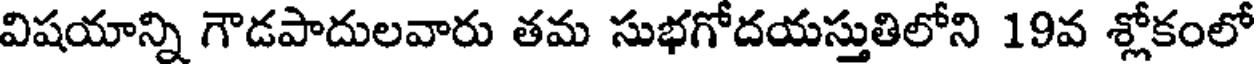
విషయాన్ని గౌడపాదులవారు తమ సుభగోదయస్తుతిలోని 19వ శ్లోకంలో